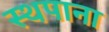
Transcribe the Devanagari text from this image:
स्थपाना